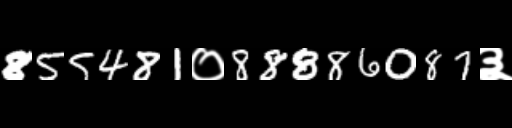
Text: 855481०88886087३